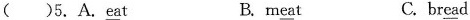
( )5.A.\underline{ea}t B.m\underline{ea}t C.br\underline{ea}d